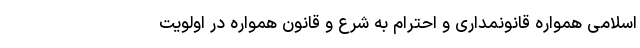
اسلامی همواره قانونمداری و احترام به شرع و قانون همواره در اولویت